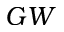
G W